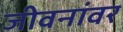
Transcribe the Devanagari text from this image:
जीवनांवर